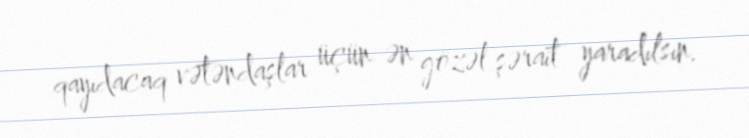
qayıdacaq vətəndaşlar üçün ən gözəl şərait yaradılsın.